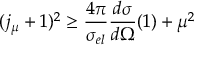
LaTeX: ( j _ { \mu } + 1 ) ^ { 2 } \ge \frac { 4 \pi } { \sigma _ { e l } } \frac { d \sigma } { d \Omega } ( 1 ) + \mu ^ { 2 }